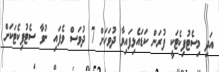
އަދި މިސެޓުފިކެޓަކީ ފުރަން ކަޑައެޅިފައިވާ ދުވަހަށް 7 ދުވަސް ވެފައި ނުވާ ސެޓުފިކެޓަކަށް